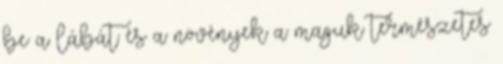
be a lábát és a növények a maguk természetes